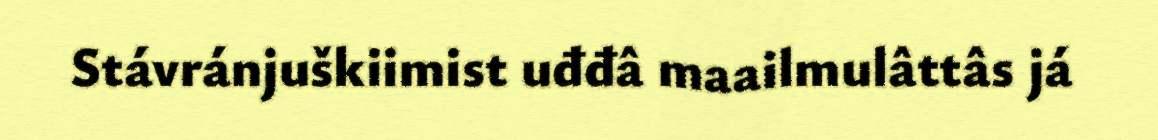
Stávránjuškiimist uđđâ maailmulâttâs já